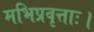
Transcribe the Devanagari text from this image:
मभिप्रवृत्ताः।